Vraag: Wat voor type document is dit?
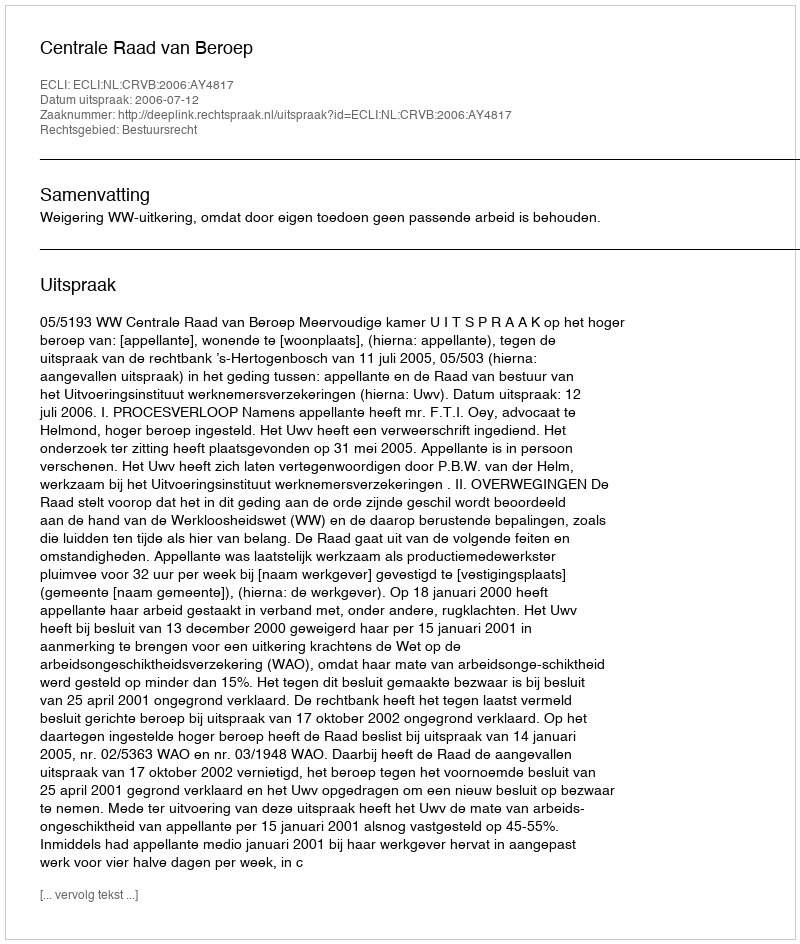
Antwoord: Uitspraak